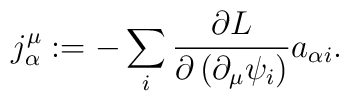
j_{\alpha }^{\mu }:=-\sum_{i}\frac{\partial L}{\partial \left( \partial_{\mu }\psi _{i}\right) }a_{\alpha i}.